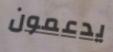
يدعمون